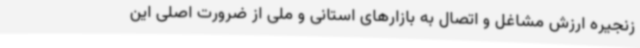
زنجیره ارزش مشاغل و اتصال به بازارهای استانی و ملی از ضرورت اصلی این